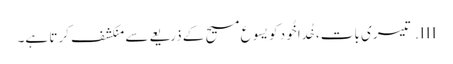
III.	تیسری بات، خُدا خُود کو یسوع مسیح کے ذریعےسے منکشف کرتا ہے۔